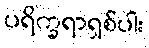
ပရိက္ခရာရှစ်ပါး